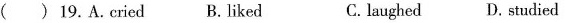
( ) 19.A.cried B.liked C. laughed D. studied